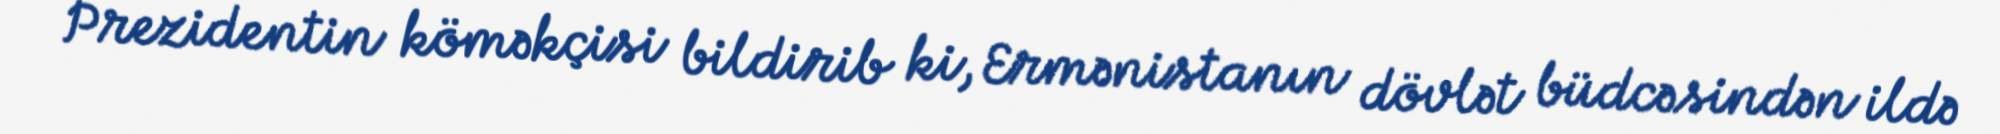
Prezidentin köməkçisi bildirib ki, Ermənistanın dövlət büdcəsindən ildə